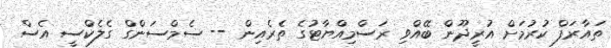
ތައާރަފް ކުރުމަށް އުރީދޫން ބޭއްވި ރަސްމިއްޔާޓުގެ ތެރެއިން -- ސެމްސަންގް ގެލެކްސީ އެސް